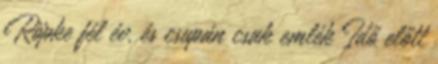
Röpke fél év, és csupán csak emlék Idő előtt